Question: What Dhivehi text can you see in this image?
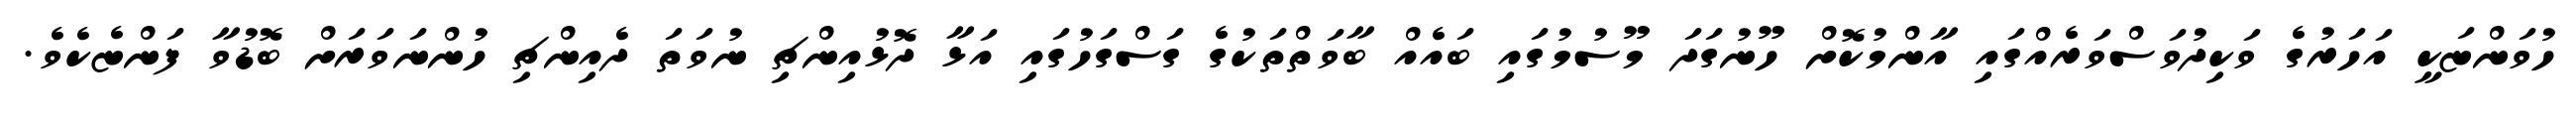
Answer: ހުވަންޏަކީ އަހަރުގެ ވަކިދުވަސްވަރެއްގައި އާންމުކޮށް ހޫނުގަދަ މޫސުމުގައި ބައެއް ބާވަތްތަކުގެ ގަސްގަހުގައި އަޅާ ދޮޅުއިންޗި ނުވަތަ ދެއިންޗި ހުންނަވަރަށް ބޮޑުވާ ފަންޏެކެވެ.